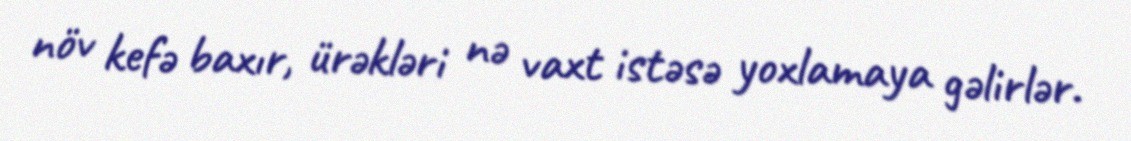
növ kefə baxır, ürəkləri nə vaxt istəsə yoxlamaya gəlirlər.